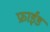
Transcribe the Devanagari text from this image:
फ्राईड